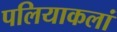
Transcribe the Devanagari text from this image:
पलियाकलां